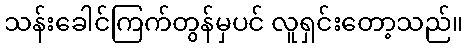
သန်းခေါင်ကြက်တွန်မှပင် လူရှင်းတော့သည်။